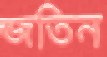
জতিন